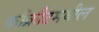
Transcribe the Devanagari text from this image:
काँक्रीटमधील